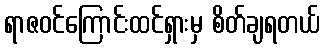
ရာဇဝင်ကြောင်းထင်ရှားမှ စိတ်ချရတယ်